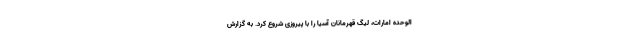
الوحده امارات، لیگ قهرمانان آسیا را با پیروزی شروع کرد. به گزارش